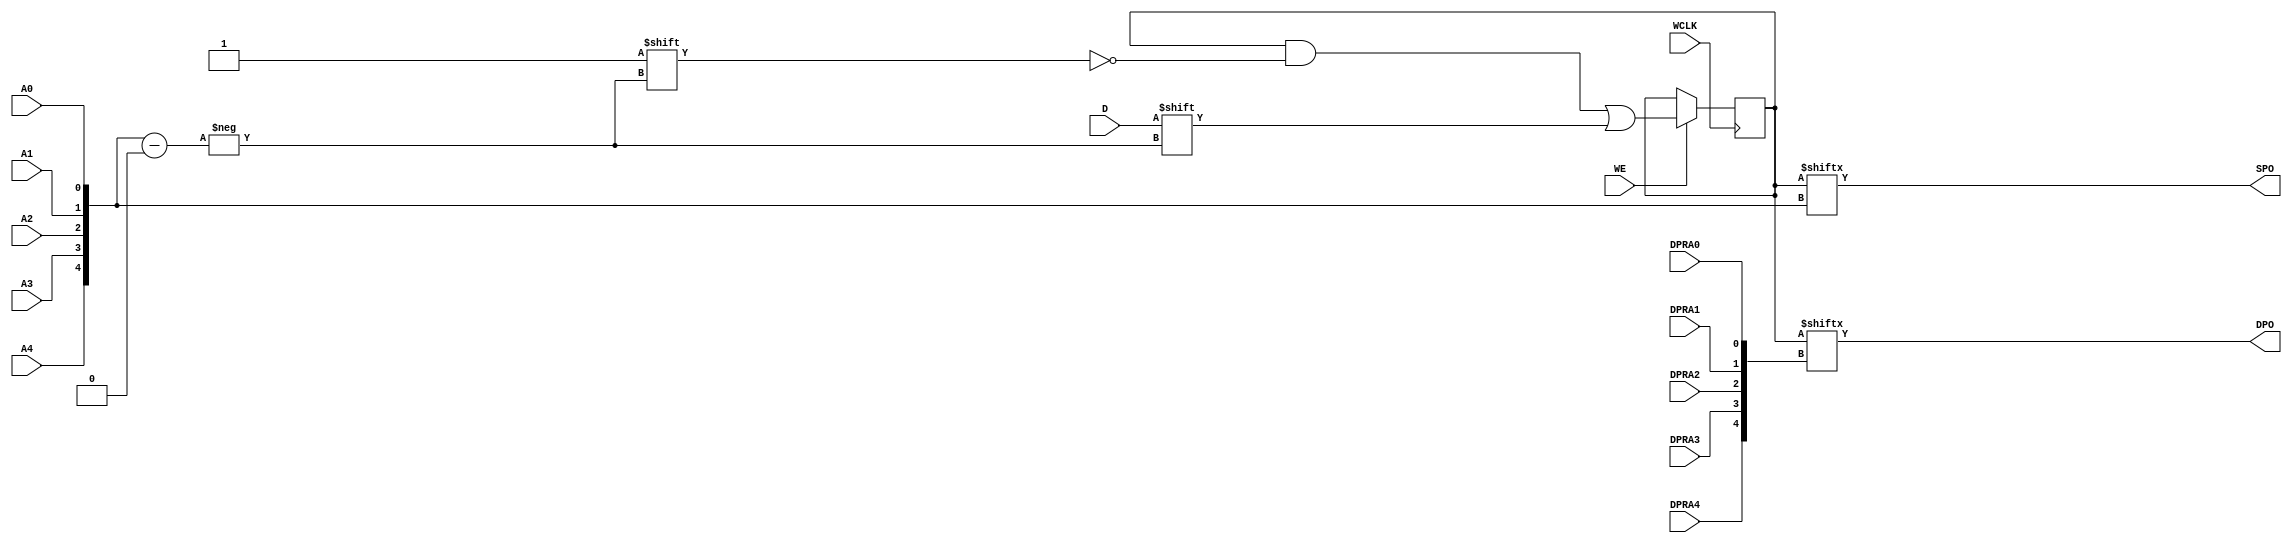
`ifdef verilator3
`else
`timescale 1 ps / 1 ps
`endif
//
// RAM32X1D primitive for Xilinx FPGAs
// Compatible with Verilator tool (www.veripool.org)
// Copyright (c) 2019-2022 Frdric REQUIN
// License : BSD
//

/* verilator coverage_off */
module RAM32X1D
#(
    parameter  [31:0] INIT = 32'h0,
    parameter   [0:0] IS_WCLK_INVERTED = 1'b0
)
(
    // Write clock
    input  wire       WCLK,
    // Write enable
    input  wire       WE,
    // Read / Write address
    input  wire       A0,
    input  wire       A1,
    input  wire       A2,
    input  wire       A3,
    input  wire       A4,
    // Read address
    input  wire       DPRA0,
    input  wire       DPRA1,
    input  wire       DPRA2,
    input  wire       DPRA3,
    input  wire       DPRA4,
    // Data in
    input  wire       D,
    // Data out
    output wire       SPO,
    output wire       DPO
);
    // Read / Write address
    wire  [4:0] _w_A    = { A4, A3, A2, A1, A0 };
    // Read address
    wire  [4:0] _w_DPRA = { DPRA4, DPRA3, DPRA2, DPRA1, DPRA0 };
    // 32 x 1-bit Select RAM
    reg  [31:0] _r_mem;
    
    // Power-up value
    initial begin : INIT_STATE
        _r_mem = INIT;
    end
    
    // Synchronous memory write
    generate
        if (IS_WCLK_INVERTED) begin : GEN_WCLK_NEG
            always @(negedge WCLK) begin : MEM_WRITE
            
                if (WE) begin
                    _r_mem[_w_A] <= D;
                end
            end
        end
        else begin : GEN_WCLK_POS
            always @(posedge WCLK) begin : MEM_WRITE
            
                if (WE) begin
                    _r_mem[_w_A] <= D;
                end
            end
        end
    endgenerate
    
    // Asynchronous memory read
    assign SPO = _r_mem[_w_A];
    assign DPO = _r_mem[_w_DPRA];

endmodule
/* verilator coverage_on */